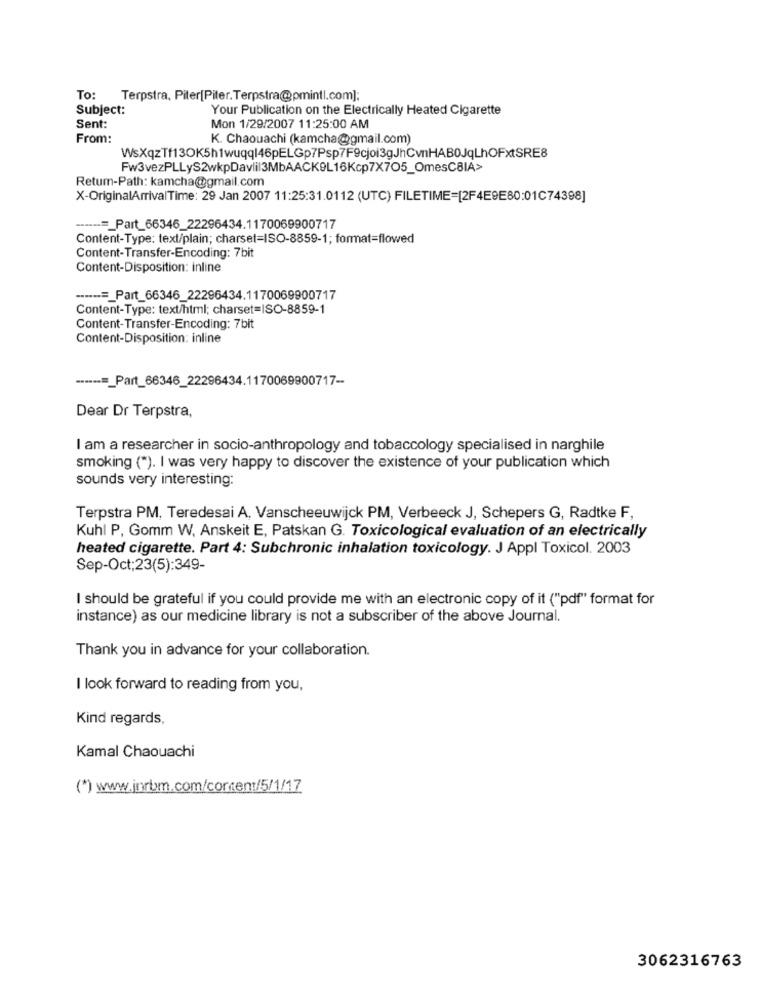
To:
Terpstra, Piter[Piter.Terpstra@pmintl.com];
Subject:
Your Publication on the Electrically Heated Cigarette
Sent:
Mon 1/29/2007 11:25:00 AM
From:
K. Chaouachi (kamcha@gmail.com)
WsXqzTf13OK5h1wuqql46pELGp7Psp7F9cjoi3gJhCvnHAB0JqLhOFxtSRE8
Fw3vezPLLyS2wkpDavlil3MbAACK9L16Kcp7X705_OmesCBIA>
Retum-Path: kamcha@gmail.com
X-OriginalArrivalTime: 29 Jan 2007 11:25:31.0112 (UTC) FILETIME=[2F4E9E80:01C74398]
------=_ Part_66346_22296434.1170069900717
Content-Type: text/plain; charset=ISO-8859-1; format=flowed
Content-Transfer-Encoding: 7bit
Content-Disposition: inline
------=_ Part_66346_22296434.1170069900717
Content-Type: text/html; charset=ISO-8859-1
Content-Transfer-Encoding: 7bit
Content-Disposition: inline
------=_ Part_66346_22296434.1170069900717-
Dear Dr Terpstra,
I am a researcher in socio-anthropology and tobaccology specialised in narghile
smoking (*). I was very happy to discover the existence of your publication which
sounds very interesting:
Terpstra PM, Teredesai A. Vanscheeuwijck PM, Verbeeck J, Schepers G, Radtke F,
Kuhl P, Gomm W, Anskeit E, Patskan G. Toxicological evaluation of an electrically
heated cigarette. Part 4: Subchronic inhalation toxicology. J Appl Toxicol. 2003
Sep-Oct;23(5):349-
I should be grateful if you could provide me with an electronic copy of it ("pdf" format for
instance) as our medicine library is not a subscriber of the above Journal.
Thank you in advance for your collaboration.
I look forward to reading from you,
Kind regards,
Kamal Chaouachi
(*) www.jnrbm.com/content/5/1/17
3062316763